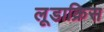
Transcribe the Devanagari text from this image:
लूडाक्रिस